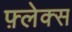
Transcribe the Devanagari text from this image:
फ़्लेक्स